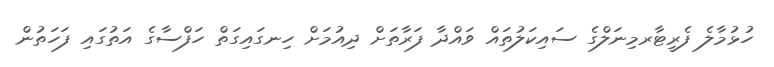
ހުޅުމާލެ ފެރީޓާރމިނަލްގެ ސައިކަލުތައް ވައްދާ ފަރާތަށް ދިއުމަށް ހިނގައިގަތް ހަފްސާގެ އަތުގައި ފަހަތުން